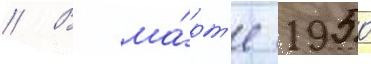
// В ма́рт'е 1950